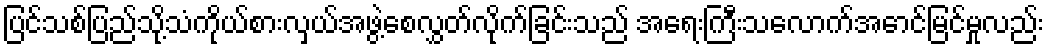
ပြင်သစ်ပြည်သို့သံကိုယ်စားလှယ်အဖွဲ့စေလွှတ်လိုက်ခြင်းသည် အရေးကြီးသလောက်အောင်မြင်မှုလည်း